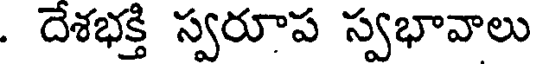
. దేశభక్తి స్వరూప స్వభావాలు